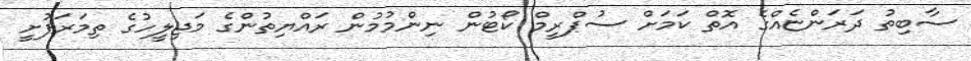
ސާބިތު ދަރަންޏެއްގެ އޮތް ކަމަށް ސުޕްރީމް ކޯޓުން ނިންމުމުން ރައްޔިތުންގެ މަޖިލީހުގެ ތިމަރަފުށީ